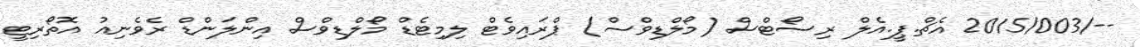
--/2015/003 އެޗް.ޕީ.އެލް ރިސޯޓްސް (މޯލްޑިވްސް) ޕްރައިވެޓް ލިމިޓެޑް މޯލްޑިވްސް އިންލަންޑް ރެވެނިއު އޮތޯރިޓީ